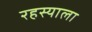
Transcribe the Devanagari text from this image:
रहस्याला